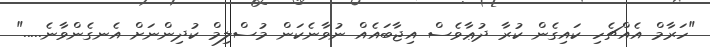
"ހަރާމް އެއްޗެހި ކައިގެން ކުރާ ދުޢާވެސް އިޖާބައެއް ނުވާނެކަން މުސްލިމް ކުދިންނަށް އެނގެންވާނެ....."